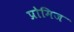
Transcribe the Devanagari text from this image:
प्रोमिज